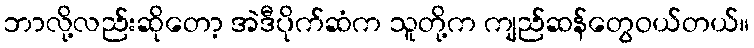
ဘာလို့လည်းဆိုတော့ အဲဒီပိုက်ဆံက သူတို့က ကျည်ဆန်တွေဝယ်တယ်။